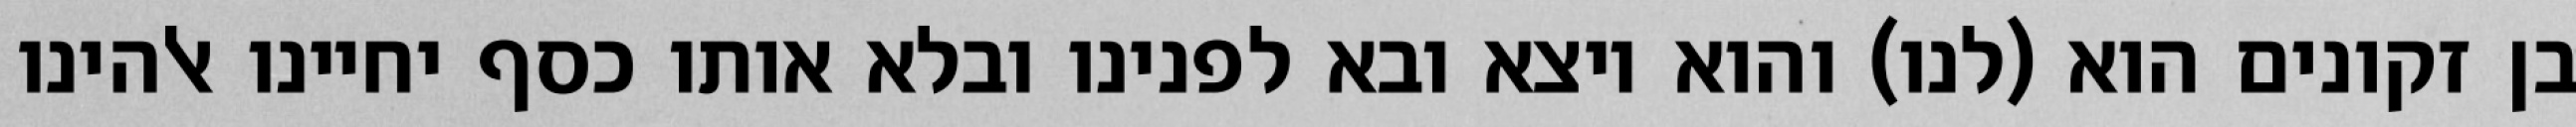
בן זקונים הוא (לנו) והוא יוצא ובא לפנינו ובלא אותו כסף יחיינו אלהינו